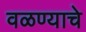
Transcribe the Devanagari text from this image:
वळण्याचे